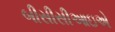
બીસીસીઆઇએ